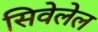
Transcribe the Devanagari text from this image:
सिवेलेल